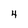
Character: 4